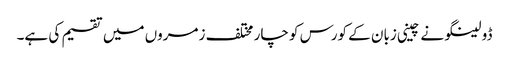
ڈولینگو نے چینی زبان کے کورس کو چار مختلف زمروں میں تقسیم کی ہے۔